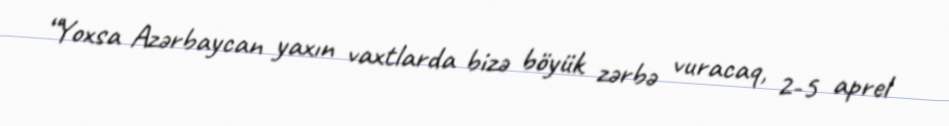
“Yoxsa Azərbaycan yaxın vaxtlarda bizə böyük zərbə vuracaq, 2-5 aprel